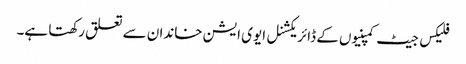
فلیکس جیٹ کمپنیوں کے ڈائریکشنل ایوی ایشن خاندان سے تعلق رکھتا ہے۔